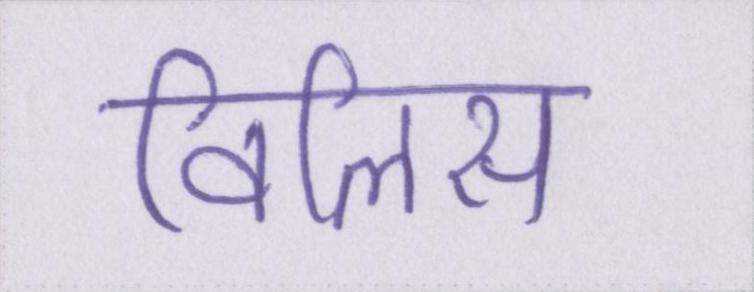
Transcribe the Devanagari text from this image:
विलिस